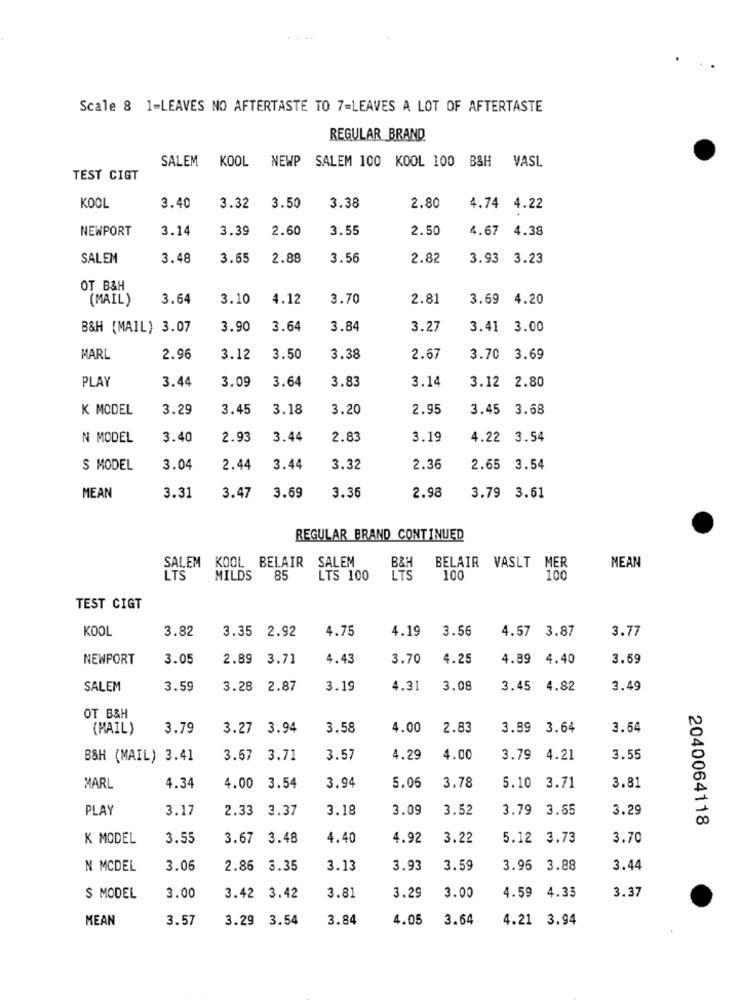
Scale 8 1-LEAVES NO AFTERTASTE TO 7=LEAVES A LOT OF AFTERTASTE
REGULAR BRAND
SALEM KOOL NEWP SALEM 100 KOOL 100 B&H
VASL
TEST CIGT
KOOL
3.40
3.32
3.50
3.38
2.80
4.74 4.22
NEWPORT
3.14
3.39
2.60
3.55
2.50
4.67
4.38
SALEM
3.48
3.65
2.88
3.56
2.82
3.93
3.23
OT B&H
(MAIL)
3.64
3.10
4.12
3.70
2.81
3.69 4.20
B&H (MAIL) 3.07
3.90
3.64
3.84
3.27
3.41
3.00
MARL
2.96
3.12
3.50
3.38
2.67
3.70
3.69
PLAY
3.09
2.80
3.44
3.64
3.83
3.14
3.12
K MODEL
3.29
3.45
3.18
3.20
2.95
3.45
3.68
N MODEL
3.40
2.93
3.44
2.83
3.19
4.22 3.54
S MODEL
3.04
2.44
3.44
3.32
2.36
2.65 3.54
3.69
2.98
MEAN
3.31
3.47
3.36
3.79 3.61
REGULAR BRAND CONTINUED
SALEM KOOL BELAIR
SALEM
B&H
MEAN
BELAIR VASLT MER
LTS
MILDS 85
LTS 100
LTS
100
100
TEST CIGT
KOOL
3.82
3.35 2.92
4.75
4.19
3.56
4.57 3.87
3.77
NEWPORT
3.05
2.89
3.71
4.43
3.70
4.25
4.89 4.40
3.59
SALEM
3.59
3.28
2.87
3.19
4.31
3.08
3.45
4.82
3.49
OT B&H
(MAIL)
3.79
3.27 3.94
3.58
4.00
2.83
3.99
3.64
3.54
B&H (MAIL) 3.41
3.67
3.71
3.57
4.29
4.00
3.79
4.21
3.55
MARL
4.34
4.00 3.54
3.94
5.06
3.78
5.10 3.71
3.81
PLAY
3.17
2.33 3.37
3.18
3.09
3.52
3.79 3.65
3.29
2040064118
K MODEL
3.55
3.67 3.48
4.40
4.92
3.22
5.12
3.73
3.70
N MCDEL
3.06
2.86 3.35
3.13
3.93
3.59
3.96 3.88
3.44
4.35
3.37
$ MODEL
3.00
3.42 3.42
3.81
3.29
3.00
4.59
MEAN
3.57
3.29 3.54
3.84
4.05
3.64
4.21 3.94